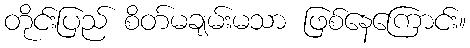
တိုင်းပြည် စိတ်မချမ်းမသာ ဖြစ်နေကြောင်း။